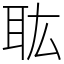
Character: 耾